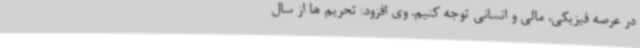
در عرصه فیزیکی، مالی و انسانی توجه کنیم. وی افزود: تحریم ها از سال